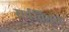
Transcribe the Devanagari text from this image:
सर्वविभूतेः